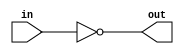
module hello_world(
    output out,
    input in
    );
 
    not(out, in);
 
endmodule